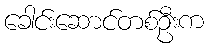
ခေါင်းဆောင်တစ်ဦးက